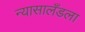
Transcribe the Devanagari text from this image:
न्यासालँडला